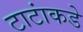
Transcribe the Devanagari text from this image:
टाटांकडे